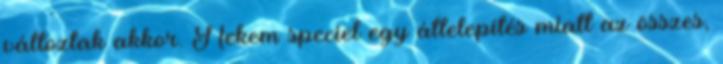
változtak akkor. Nekem speciel egy áttelepítés miatt az összes,